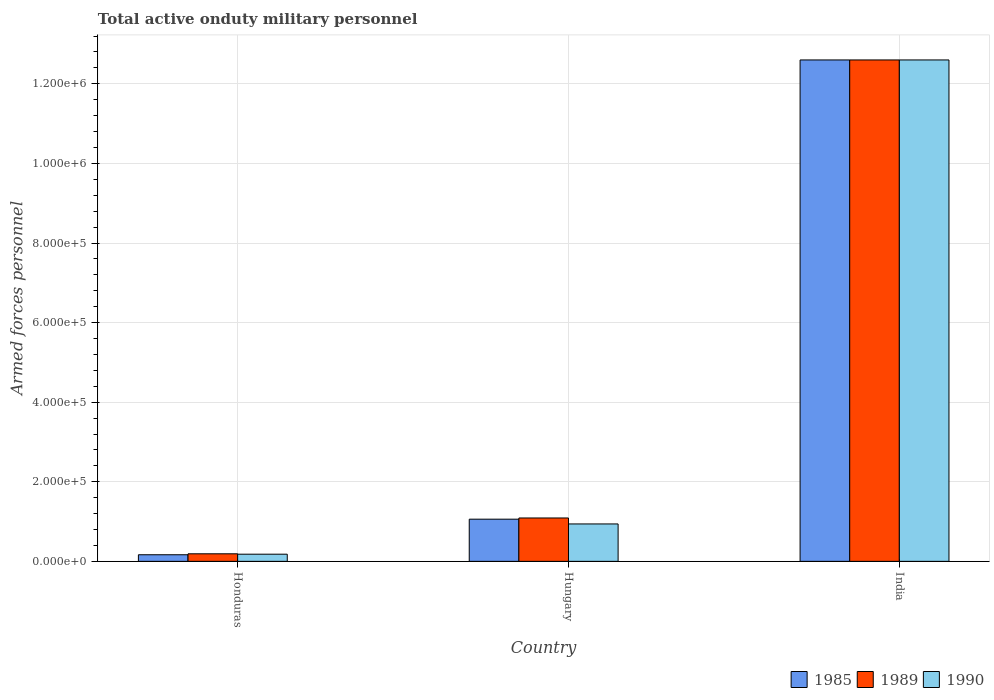
| Country | 1985 | 1989 | 1990 |
 | --- | --- | --- | --- |
 | Honduras | 1.66e+04 | 1.9e+04 | 1.8e+04 |
 | Hungary | 1.06e+05 | 1.09e+05 | 9.4e+04 |
 | India | 1.26e+06 | 1.26e+06 | 1.26e+06 |